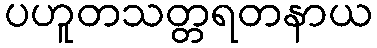
ပဟူတသတ္တရတနာယ